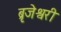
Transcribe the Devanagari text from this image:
ब्रृजेश्वरी